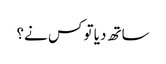
ساتھ دیا تو کس نے؟